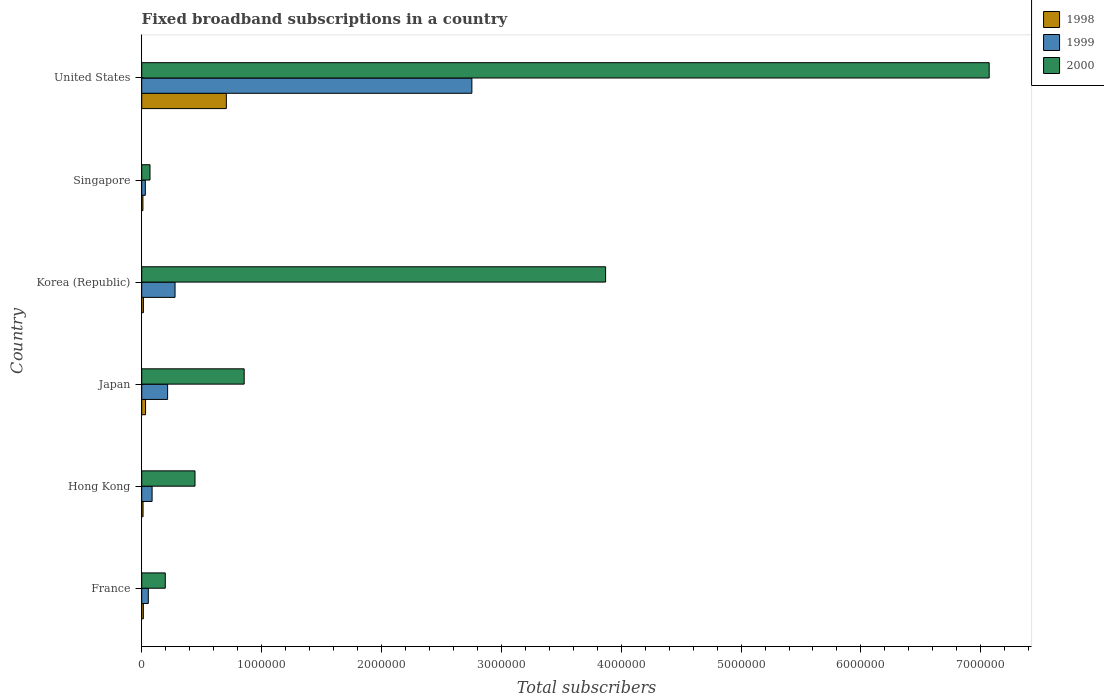
| Country | 1998 | 1999 | 2000 |
 | --- | --- | --- | --- |
 | France | 1.35e+04 | 5.5e+04 | 1.97e+05 |
 | Hong Kong | 1.1e+04 | 8.65e+04 | 4.44e+05 |
 | Japan | 3.2e+04 | 2.16e+05 | 8.55e+05 |
 | Korea (Republic) | 1.4e+04 | 2.78e+05 | 3.87e+06 |
 | Singapore | 1e+04 | 3e+04 | 6.9e+04 |
 | United States | 7.06e+05 | 2.75e+06 | 7.07e+06 |